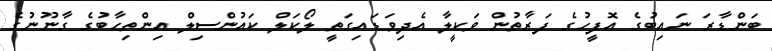
ބަންޑާރަ ނައިބުގެ އޮފީހުގެ ފަރާތުން ވަކީލާ އެދިވަޑައިގަތީ ލޯކަލް ކައުންސިލް އިންތިހާބުގެ ގާނޫނުގެ